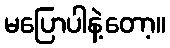
မပြောပါနဲ့တော့။